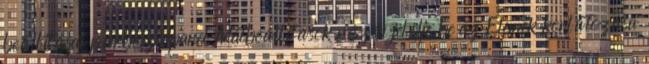
beállításai párbeszédpanel Adatbeállítások részén jelölje be az Elemek korlátozása